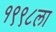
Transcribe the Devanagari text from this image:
१९९८ला